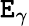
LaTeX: \mathtt{E}_{\gamma}